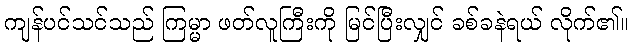
ကျန်ပင်သင်သည် ကြမ္မာ ဖတ်လူကြီးကို မြင်ပြီးလျှင် ခစ်ခနဲရယ် လိုက်၏။